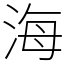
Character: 海